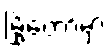
မြို့တော်မှာ